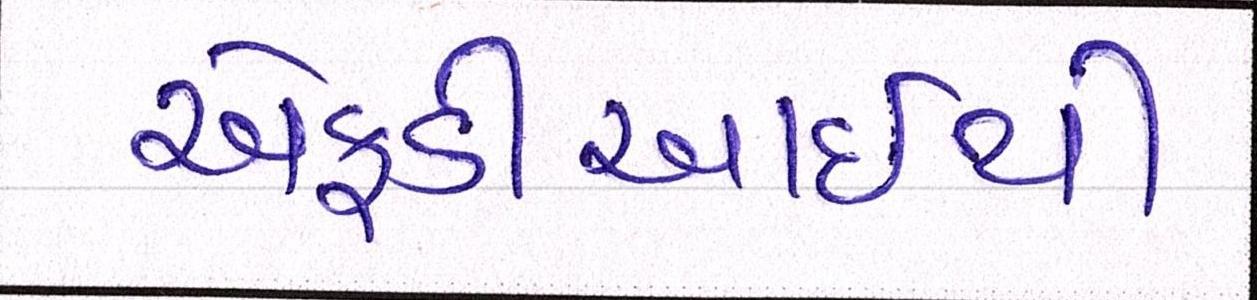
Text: એફડીઆઇથી